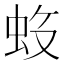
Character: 𱿝